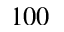
1 0 0